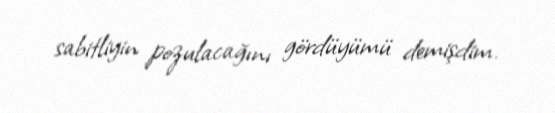
sabitliyin pozulacağını gördüyümü demişdim.